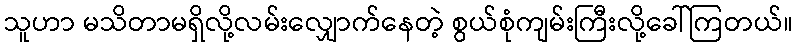
သူဟာ မသိတာမရှိလို့လမ်းလျှောက်နေတဲ့ စွယ်စုံကျမ်းကြီးလို့ခေါ်ကြတယ်။